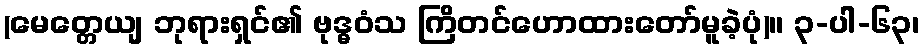
(မေတ္တေယျ ဘုရားရှင်၏ ဗုဒ္ဓဝံသ ကြိတင်ဟောထားတော်မူခဲ့ပုံ)။ ၃-ပါ-၆၃၊